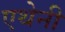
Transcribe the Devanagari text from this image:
एथेनी